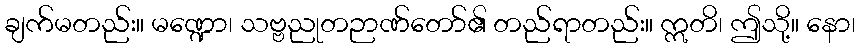
ချက်မတည်း။ မဏ္ဍော၊ သဗ္ဗညုတဉာဏ်တော်၏ တည်ရာတည်း။ ဣတိ၊ ဤသို့။ နော၊